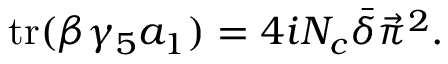
\mathrm { t r } ( \beta \gamma _ { 5 } a _ { 1 } ) = 4 i N _ { c } \bar { \delta } \vec { \pi } ^ { 2 } .